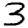
Digit: 3